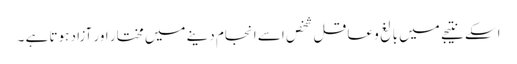
اسکے نتیجے میں بالغ و عاقل شخص اسے انجام دینے میں مختار اور آزاد ہوتا ہے ۔